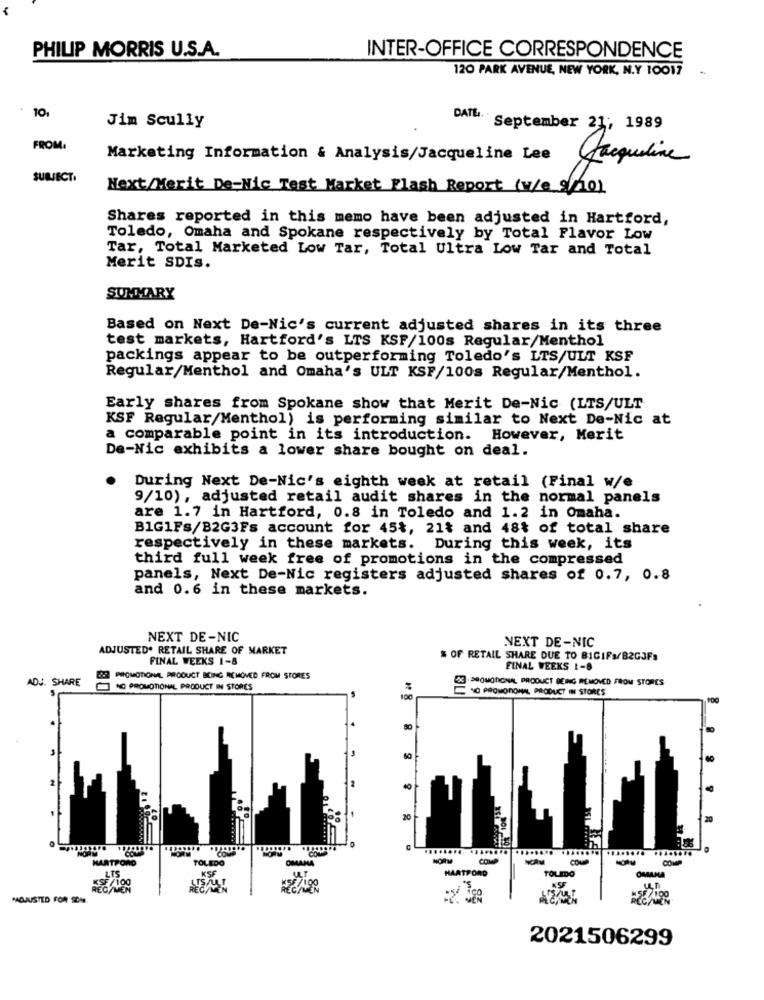
PHILIP MORRIS U.S.A.
INTER-OFFICE CORRESPONDENCE
120 PARK AVENUE, NEW YORK, N.Y 10017
101
DATE.
Jim Scully
September 21; 1989
FROM:
Marketing Information & Analysis/Jacqueline Lee
Jacqueline
SUBJECTI
Next/Merit De-Nic Test Market Flash Report (w/e 9/10)
Shares reported in this memo have been adjusted in Hartford,
Toledo, Omaha and Spokane respectively by Total Flavor Low
Tar, Total Marketed Low Tar, Total Ultra Low Tar and Total
Merit SDIS.
SUMMARY
Based on Next De-Nic's current adjusted shares in its three
test markets, Hartford's LTS KSF/100s Regular/Menthol
packings appear to be outperforming Toledo's LTS/ULT KSF
Regular/Menthol and Omaha's ULT KSF/100s Regular/Menthol.
Early shares from Spokane show that Merit De-Nic (LTS/ULT
KSF Regular/Menthol) is performing similar to Next De-Nic at
a comparable point in its introduction. However, Merit
De-Nic exhibits a lower share bought on deal.
During Next De-Nic's eighth week at retail (Final w/e
9/10), adjusted retail audit shares in the normal panels
are 1.7 in Hartford, 0.8 in Toledo and 1.2 in Omaha.
BIG1Fs/B2G3Fs account for 45%, 21% and 48% of total share
respectively in these markets. During this week, its
third full week free of promotions in the compressed
panels, Next De-Nic registers adjusted shares of 0.7, 0.8
and 0.6 in these markets.
NEXT DE-NIC
NEXT DE-NIC
ADJUSTED. RETAIL SHARE OF MARKET
FINAL WEEKS 1-8
& OF RETAIL SHARE DUE TO BIGIFa/B2GJFs
FINAL WEEKS 1-8
ADJ. SHARE
PROMOTIONAL PRODUCT BEING REMOVED FROM STORES
3. PROMOTIONAL PRODUCT BEING REMOVED FROM STORES
NO PROMOTIONAL PRODUCT IN STORES
NO PROMOTIONAL, PRODUCT IN STORES
₩ 8
100
40
NORM
MORE
COME
COMP
......... ........ +1
HARTPORO
TOLEDO
OMMANA
NORM
COMP
NCAM
COUP
COMP
LIS
KSE
ULT
HARTFORD
TOLEDO
OMAMA
/199
*ADJUSTED FOR SCHE
7 100
2021506299